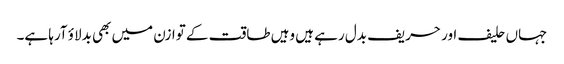
جہاں حلیف اور حریف بدل رہے ہیں وہیں طاقت کے توازن میں بھی بدلاؤ آرہا ہے۔